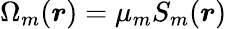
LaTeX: \Omega_{m}(\boldsymbol{r})=\mu_{m}S_{m}(\boldsymbol{r})